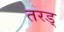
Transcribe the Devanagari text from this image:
तरड्